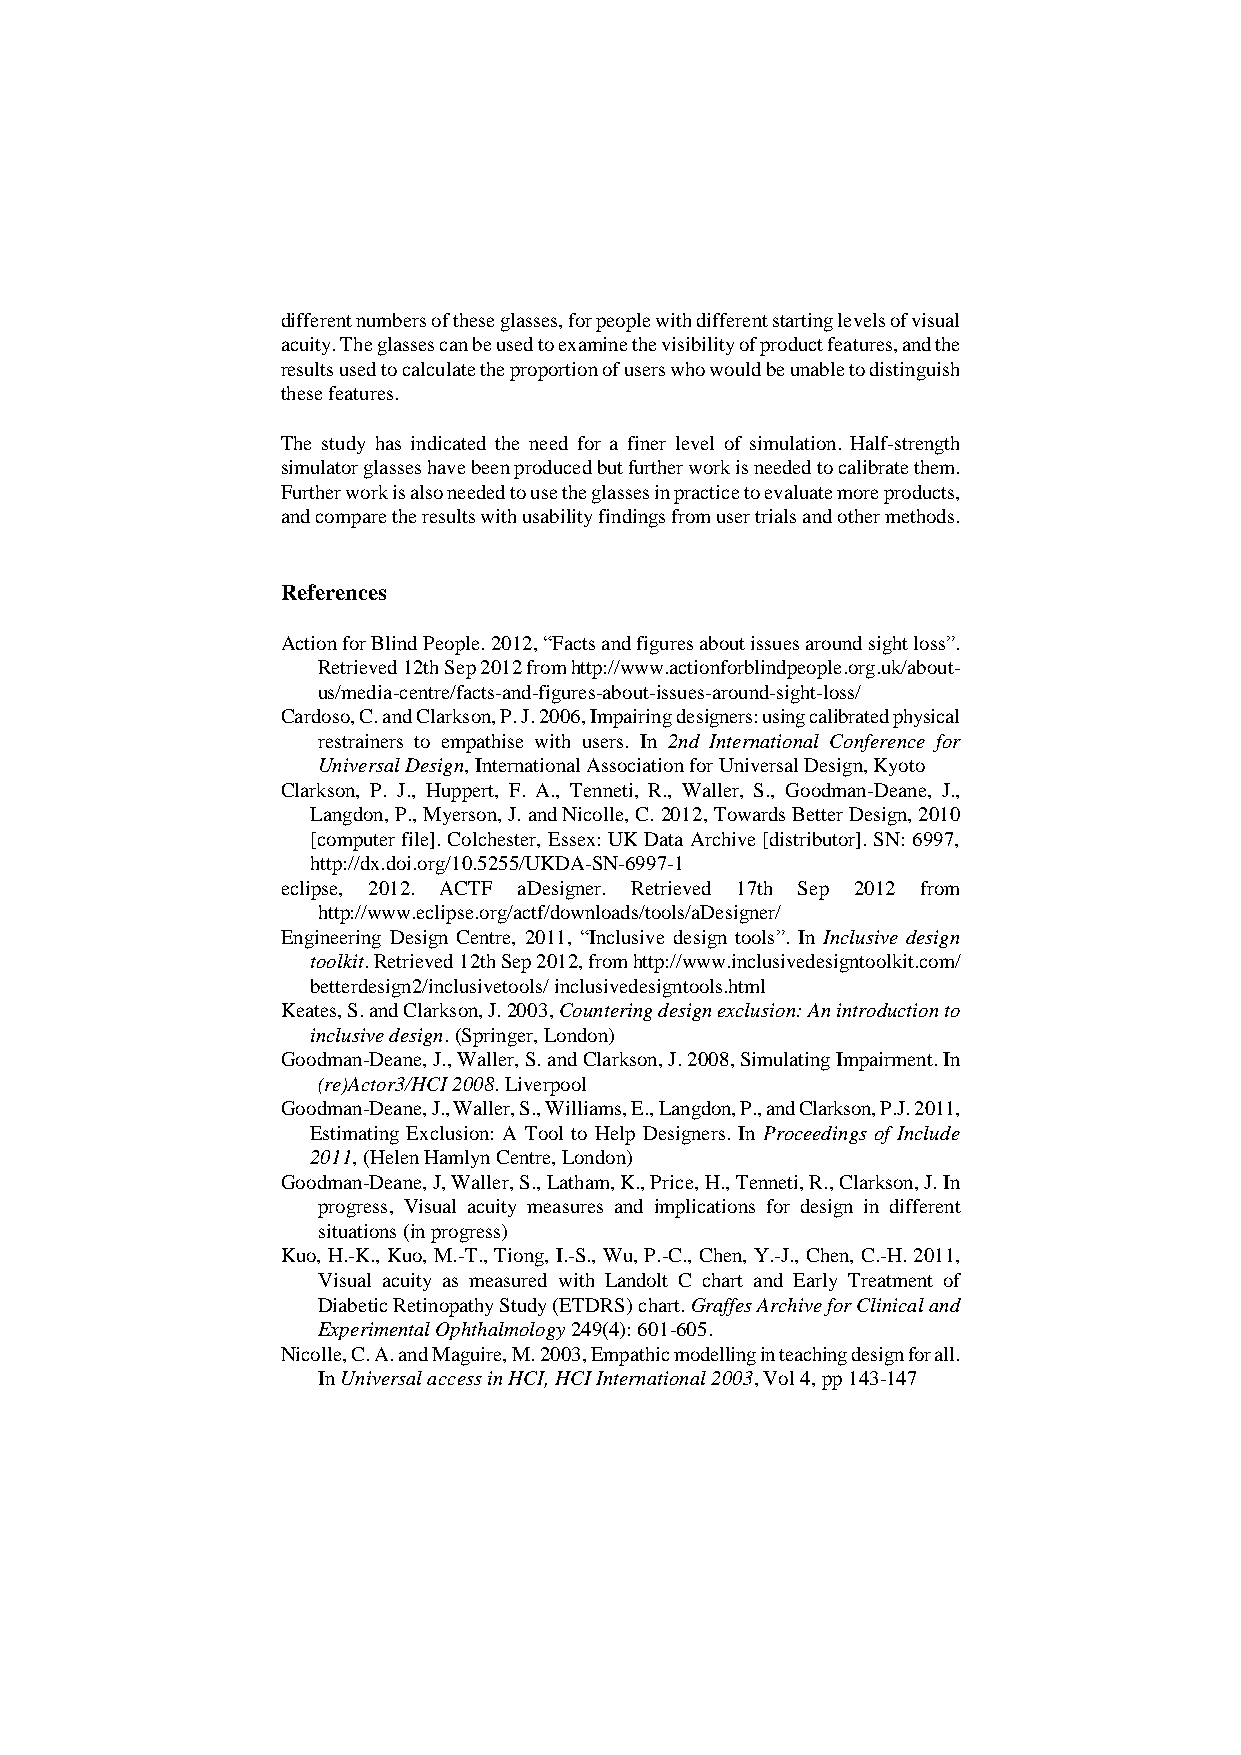
different numbers of these glasses, for people with different starting levels of visual
 acuity. The glasses can be used to examine the visibility of product features, and the
 results used to calculate the proportion of users who would be unable to distinguish
 these features.
 The study has indicated the need for a finer level of simulation. Half-strength
 simulator glasses have been produced but further work is needed to calibrate them.
 Further work is also needed to use the glasses in practice to evaluate more products,
 and compare the results with usability findings from user trials and other methods.
 References
 Action for Blind People. 2012, “Facts and figures about issues around sight loss”.
 Retrieved 12th Sep 2012 from http://www.actionforblindpeople.org.uk/about-
 us/media-centre/facts-and-figures-about-issues-around-sight-loss/
 Cardoso, C. and Clarkson, P. J. 2006, Impairing designers: using calibrated physical
 restrainers to empathise with users. In 2nd International Conference for
 Universal Design, International Association for Universal Design, Kyoto
 Clarkson, P. J., Huppert, F. A., Tenneti, R., Waller, S., Goodman-Deane, J.,
 Langdon, P., Myerson, J. and Nicolle, C. 2012, Towards Better Design, 2010
 [computer file]. Colchester, Essex: UK Data Archive [distributor]. SN: 6997,
 http://dx.doi.org/10.5255/UKDA-SN-6997-1
 eclipse, 2012. ACTF aDesigner. Retrieved 17th Sep 2012 from
 http://www.eclipse.org/actf/downloads/tools/aDesigner/
 Engineering Design Centre, 2011, “Inclusive design tools”. In Inclusive design
 toolkit. Retrieved 12th Sep 2012, from http://www.inclusivedesigntoolkit.com/
 betterdesign2/inclusivetools/ inclusivedesigntools.html
 Keates, S. and Clarkson, J. 2003, Countering design exclusion: An introduction to
 inclusive design. (Springer, London)
 Goodman-Deane, J., Waller, S. and Clarkson, J. 2008, Simulating Impairment. In
 (re)Actor3/HCI 2008. Liverpool
 Goodman-Deane, J., Waller, S., Williams, E., Langdon, P., and Clarkson, P.J. 2011,
 Estimating Exclusion: A Tool to Help Designers. In Proceedings of Include
 2011, (Helen Hamlyn Centre, London)
 Goodman-Deane, J, Waller, S., Latham, K., Price, H., Tenneti, R., Clarkson, J. In
 progress, Visual acuity measures and implications for design in different
 situations (in progress)
 Kuo, H.-K., Kuo, M.-T., Tiong, I.-S., Wu, P.-C., Chen, Y.-J., Chen, C.-H. 2011,
 Visual acuity as measured with Landolt C chart and Early Treatment of
 Diabetic Retinopathy Study (ETDRS) chart. Graffes Archive for Clinical and
 Experimental Ophthalmology 249(4): 601-605.
 Nicolle, C. A. and Maguire, M. 2003, Empathic modelling in teaching design for all.
 In Universal access in HCI, HCI International 2003, Vol 4, pp 143-147